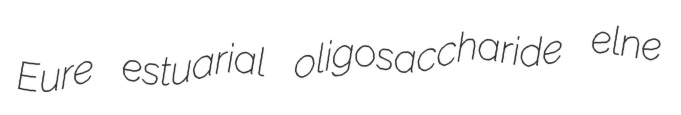
Eure estuarial oligosaccharide elne